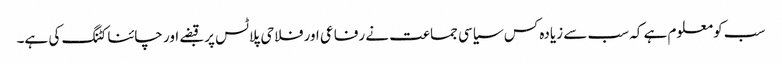
سب کو معلوم ہے کہ سب سے زیادہ کس سیاسی جماعت نے رفاعی اور فلاحی پلاٹس پر قبضے اور چائنا کٹنگ کی ہے۔